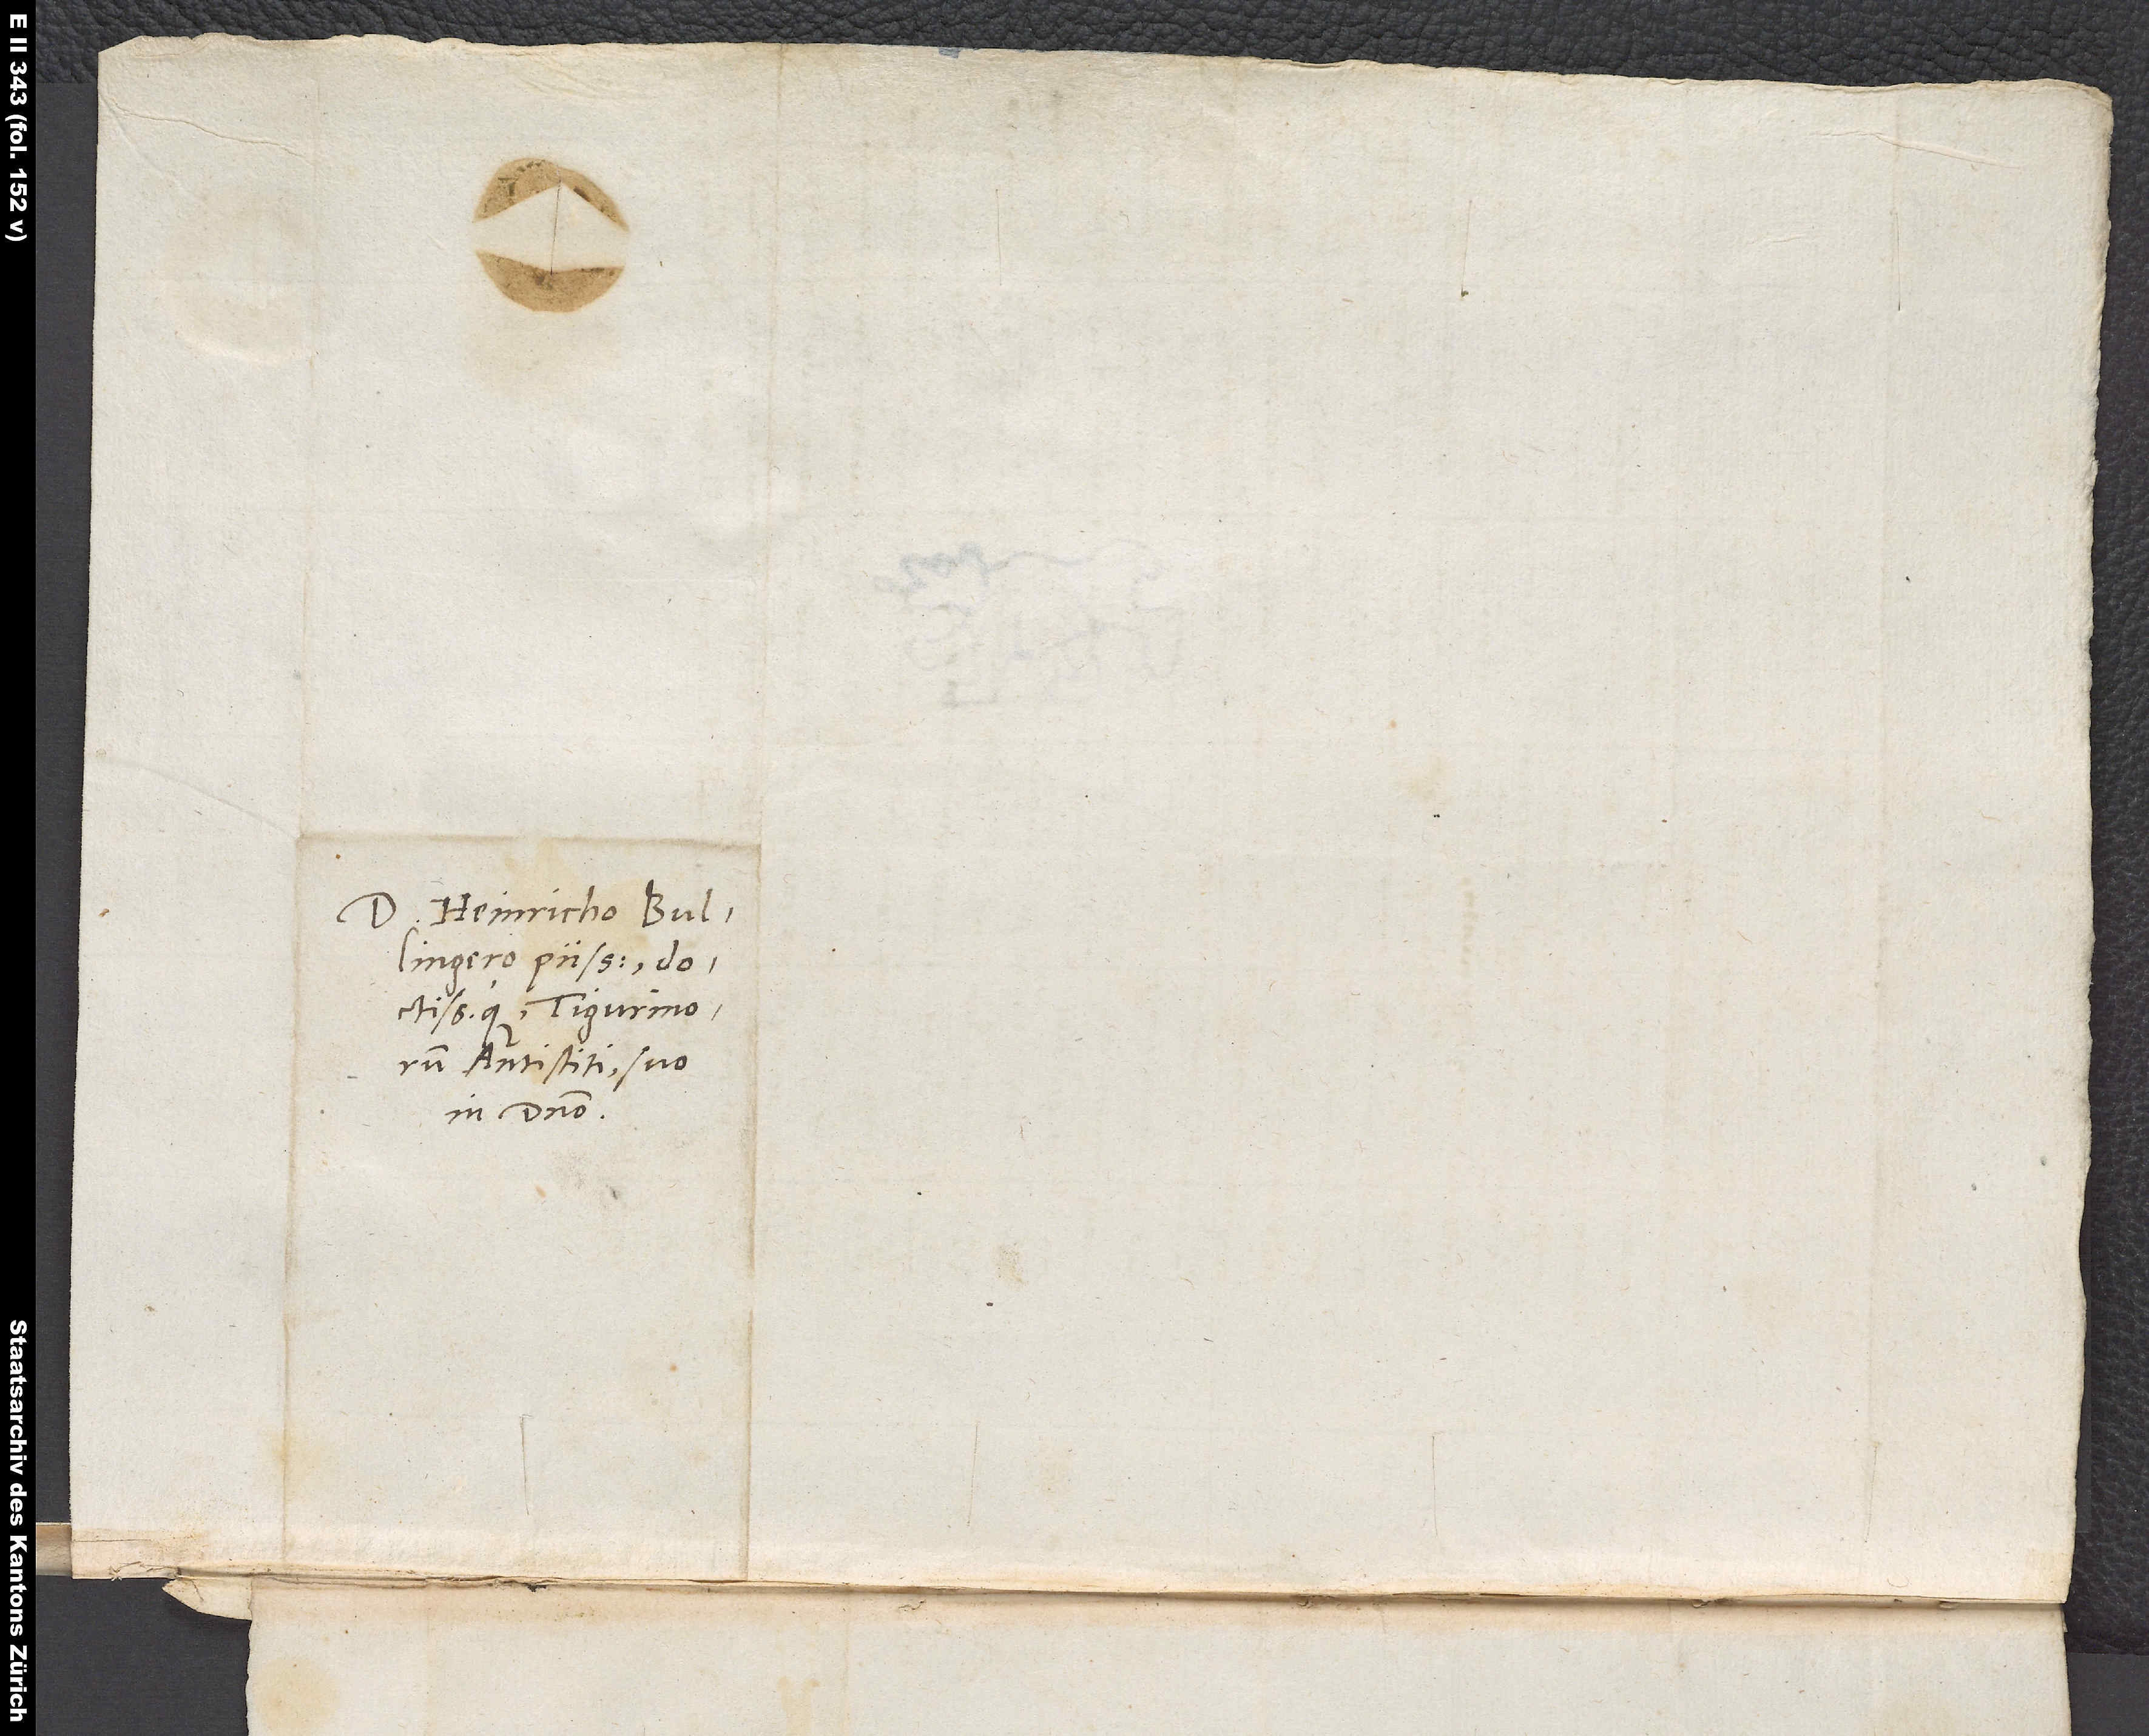
Domino Heinricho Bullingero,
antistiti, suo